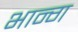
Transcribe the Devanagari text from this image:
भान्ग